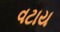
વટાય